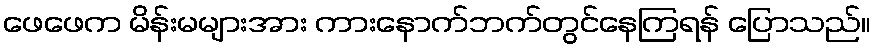
ဖေဖေက မိန်းမများအား ကားနောက်ဘက်တွင်နေကြရန် ပြောသည်။